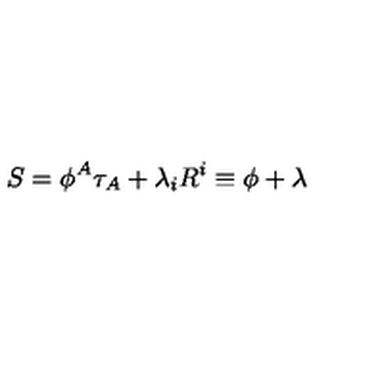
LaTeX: S = \phi ^ { A } \tau _ { A } + \lambda _ { i } R ^ { i } \equiv \phi + \lambda